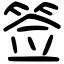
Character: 签